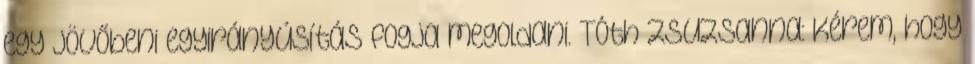
egy jövőbeni egyirányúsítás fogja megoldani. Tóth Zsuzsanna: Kérem, hogy